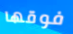
فوقها